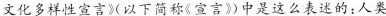
文化多样性宣言》(以下简称《宣言》)中是这么表述的:人类